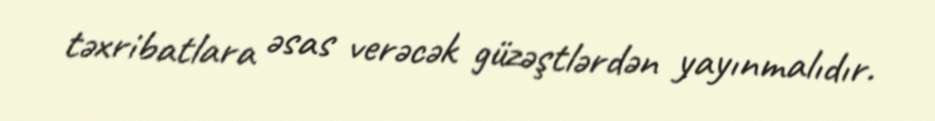
təxribatlara əsas verəcək güzəştlərdən yayınmalıdır.